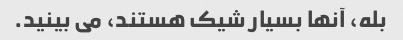
بله، آنها بسیار شیک هستند، می بینید.